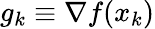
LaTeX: g_{k}\equiv\nabla f(x_{k})